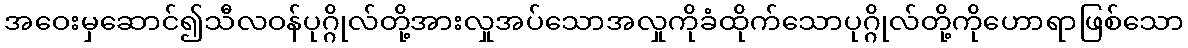
အဝေးမှဆောင်၍သီလဝန်ပုဂ္ဂိုလ်တို့အားလှုအပ်သောအလှုကိုခံထိုက်သောပုဂ္ဂိုလ်တို့ကိုဟောရာဖြစ်သော